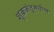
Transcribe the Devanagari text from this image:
शुक्रजंतूमधील